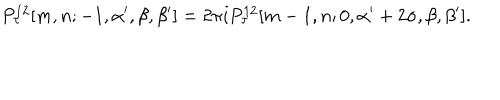
P _ { \tau } ^ { 1 2 } [ m , n ; - 1 , \alpha ^ { \prime } , \beta , \beta ^ { \prime } ] = 2 \pi i P _ { \tau } ^ { 1 2 } [ m - 1 , n ; 0 , \alpha ^ { \prime } + 2 \sigma , \beta , \beta ^ { \prime } ] .